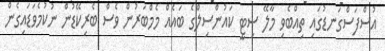
އުސްފަސްގަނޑުގައި ތިއްބެވި މާލޭ ސިޓީ ކައުންސިލްގެ ބައެއް މެމްބަރުން ވެސް ބެރިކޭޑުން ނުކުމެވަޑައިގެން